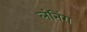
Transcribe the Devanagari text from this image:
लंनिंग